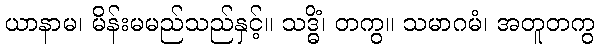
ယာနာမ၊ မိန်းမမည်သည်နှင့်။ သဒ္ဓိံ၊ တကွ။ သမာဂမံ၊ အတူတကွ